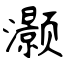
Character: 灏